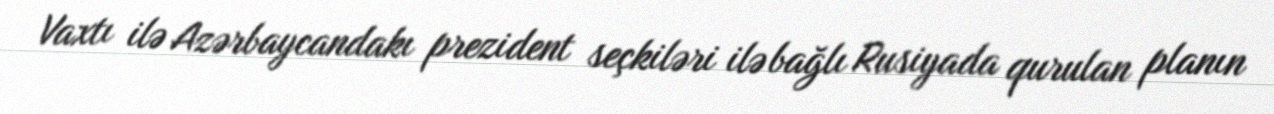
Vaxtı ilə Azərbaycandakı prezident seçkiləri ilə bağlı Rusiyada qurulan planın